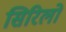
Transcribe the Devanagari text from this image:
सिरिलो